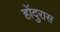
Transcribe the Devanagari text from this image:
होंदुरास